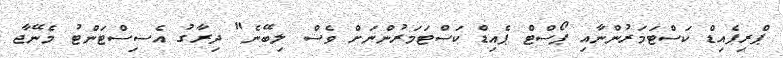
ޕްރިޕެއިޑް ކަސްޓަމަރުންނާއި ޕޯސްޓް ޕެއިޑް ކަސްޓަމަރުންނަށް ވެސް ލިބޭނެ" ދިރާގު އެސިސްޓަންޓު މެނޭޖާ